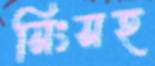
সিংসহ